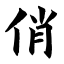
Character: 俏